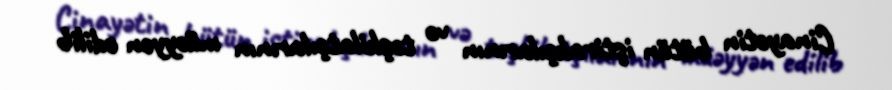
Cinayətin bütün iştirakçılarının və təşkilatçılarının müəyyən edilib